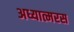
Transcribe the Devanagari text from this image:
अध्यात्मरस